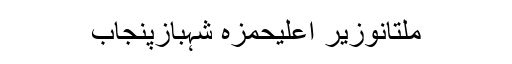
ملتانوزیر اعلیٰحمزہ شہبازپنجاب